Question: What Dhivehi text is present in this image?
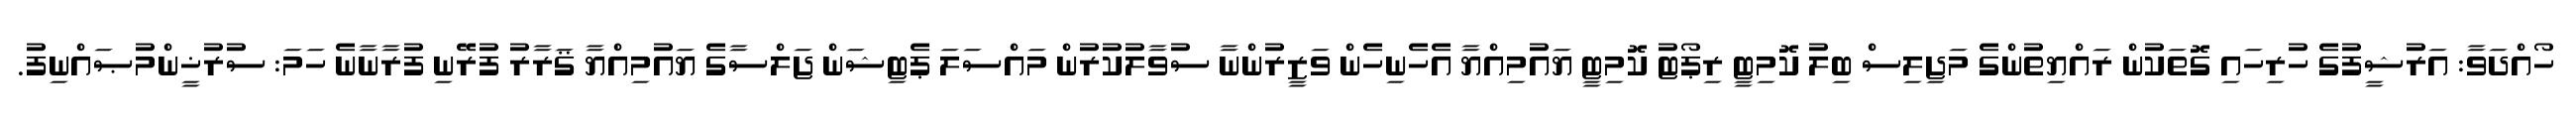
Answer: ހޯއްދަވާ: އަރުޝީފުގެ ހުރިހައި ގޮތަކުން ރައްޔިތުންގެ މަޖިލިސް ބިލު ކޮމިޓީ ރިޕޯޓު ކޮމިޓީ ޔައުމިއްޔާ އެހެނިހެން ވަޒީރުންނާ ސުވާލުކުރުން މައްސަލަ ޕެޓިޝަން ޖަލްސާގެ ޔައުމިއްޔާ ޤަރާރު ފުރޭނި ފުރާނާނެ ހަމަ: ސުރުޚީންމުޞައްނިފު.